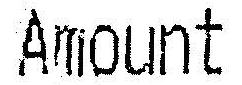
AMOUNT